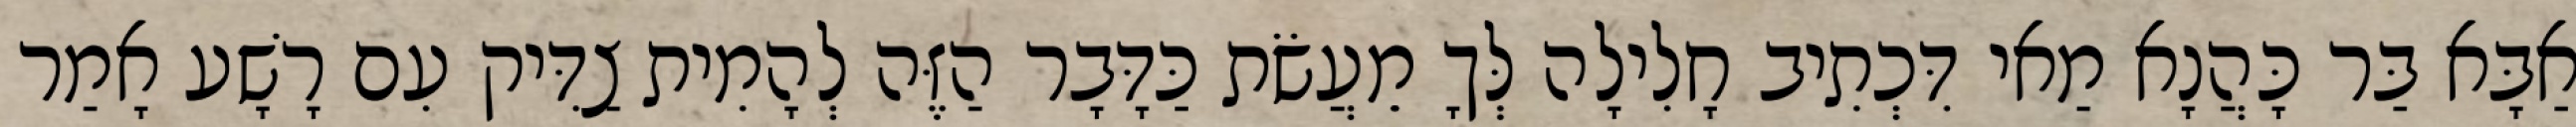
אַבָּא בַּר כָּהֲנָא מַאי דִּכְתִיב חָלִילָה לְּךָ מֵעֲשֹׂת כַּדָּבָר הַזֶּה לְהָמִית צַדִּיק עִם רָשָׁע אָמַר